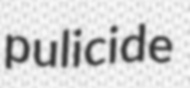
pulicide